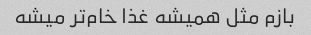
بازم مثل همیشه غذا خام‌تر میشه